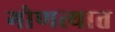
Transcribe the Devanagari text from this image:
गोणत्यात